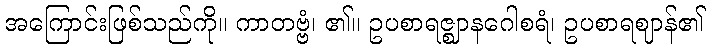
အကြောင်းဖြစ်သည်ကို။ ကာတဗ္ဗံ၊ ၏။ ဥပစာရဇ္ဈာနဂေါစရံ၊ ဥပစာရဈာန်၏